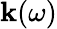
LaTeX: \mathbf{k}(\omega)